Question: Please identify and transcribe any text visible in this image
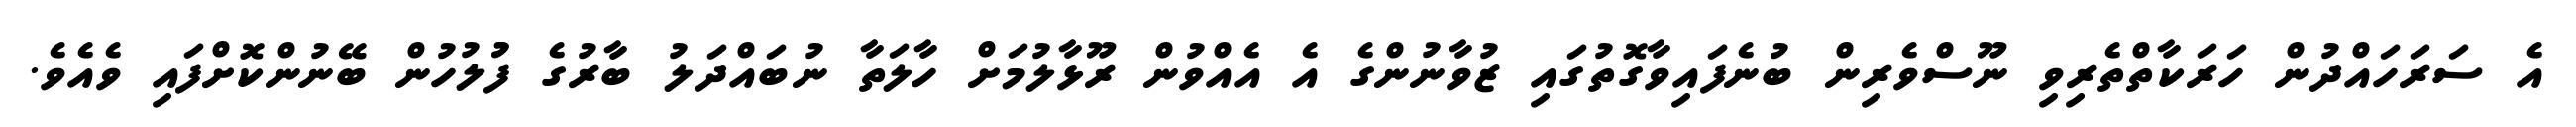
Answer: އެ ސަރަހައްދުން ހަރަކާތްތެރިވި ނޫސްވެރިން ބުނެފައިވާގޮތުގައި ޒުވާނުންގެ އެ އެއްވުން ރޫޅާލުމަށް ހާލަތާ ނުބައްދަލު ބާރުގެ ފުުލުހުން ބޭނުންކޮށްފައި ވެއެވެ.